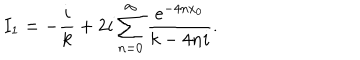
LaTeX: I _ { 1 } = - \frac { i } { k } + 2 i \sum _ { n = 0 } ^ { \infty } \frac { e ^ { - 4 n x _ { 0 } } } { k - 4 n i } .